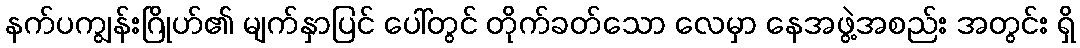
နက်ပကျွန်းဂြိုဟ်၏ မျက်နှာပြင် ပေါ်တွင် တိုက်ခတ်သော လေမှာ နေအဖွဲ့အစည်း အတွင်း ရှိ